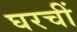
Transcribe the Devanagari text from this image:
घरचीं